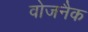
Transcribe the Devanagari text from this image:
वोजनैक